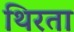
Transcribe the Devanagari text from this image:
थिरता